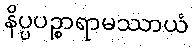
နိပ္ပပဉ္စာရာမဿာယံ